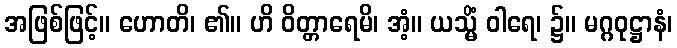
အဖြစ်ဖြင့်။ ဟောတိ၊ ၏။ ဟိ ဝိတ္တာရေမိ၊ အံ့။ ယသ္မိံ ဝါရေ၊ ၌။ မဂ္ဂဝုဋ္ဌာနံ၊